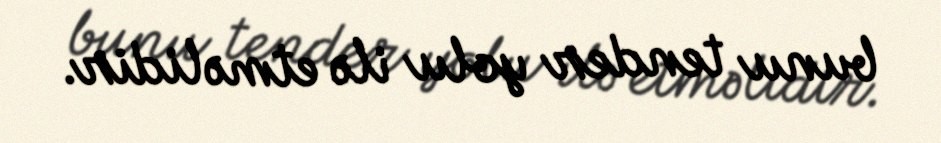
bunu tender yolu ilə etməlidir.